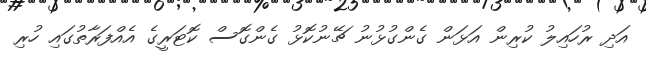
އަދި ރުހައިލު ކުރިން އަޅަން ގެންގުޅުނު ޗޭނުކޮޅު ގެންގޮސް ކޮޓަރީގެ އެއްފަރާތުގައި ހުރި